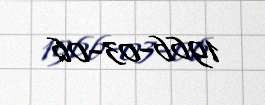
1966-03-06